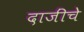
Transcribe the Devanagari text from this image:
दाजींचे